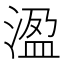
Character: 溋